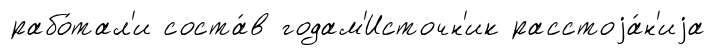
рабо́тал'и соста́в годам'Источн'ик расстоjа́н'иjа